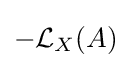
-{\mathcal {L}}_{X}(A)